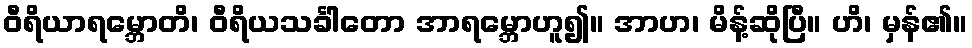
ဝီရိယာရမ္ဘောတိ၊ ဝီရိယသင်္ခါတော အာရမ္ဘောဟူ၍။ အာဟ၊ မိန့်ဆိုပြီ။ ဟိ၊ မှန်၏။